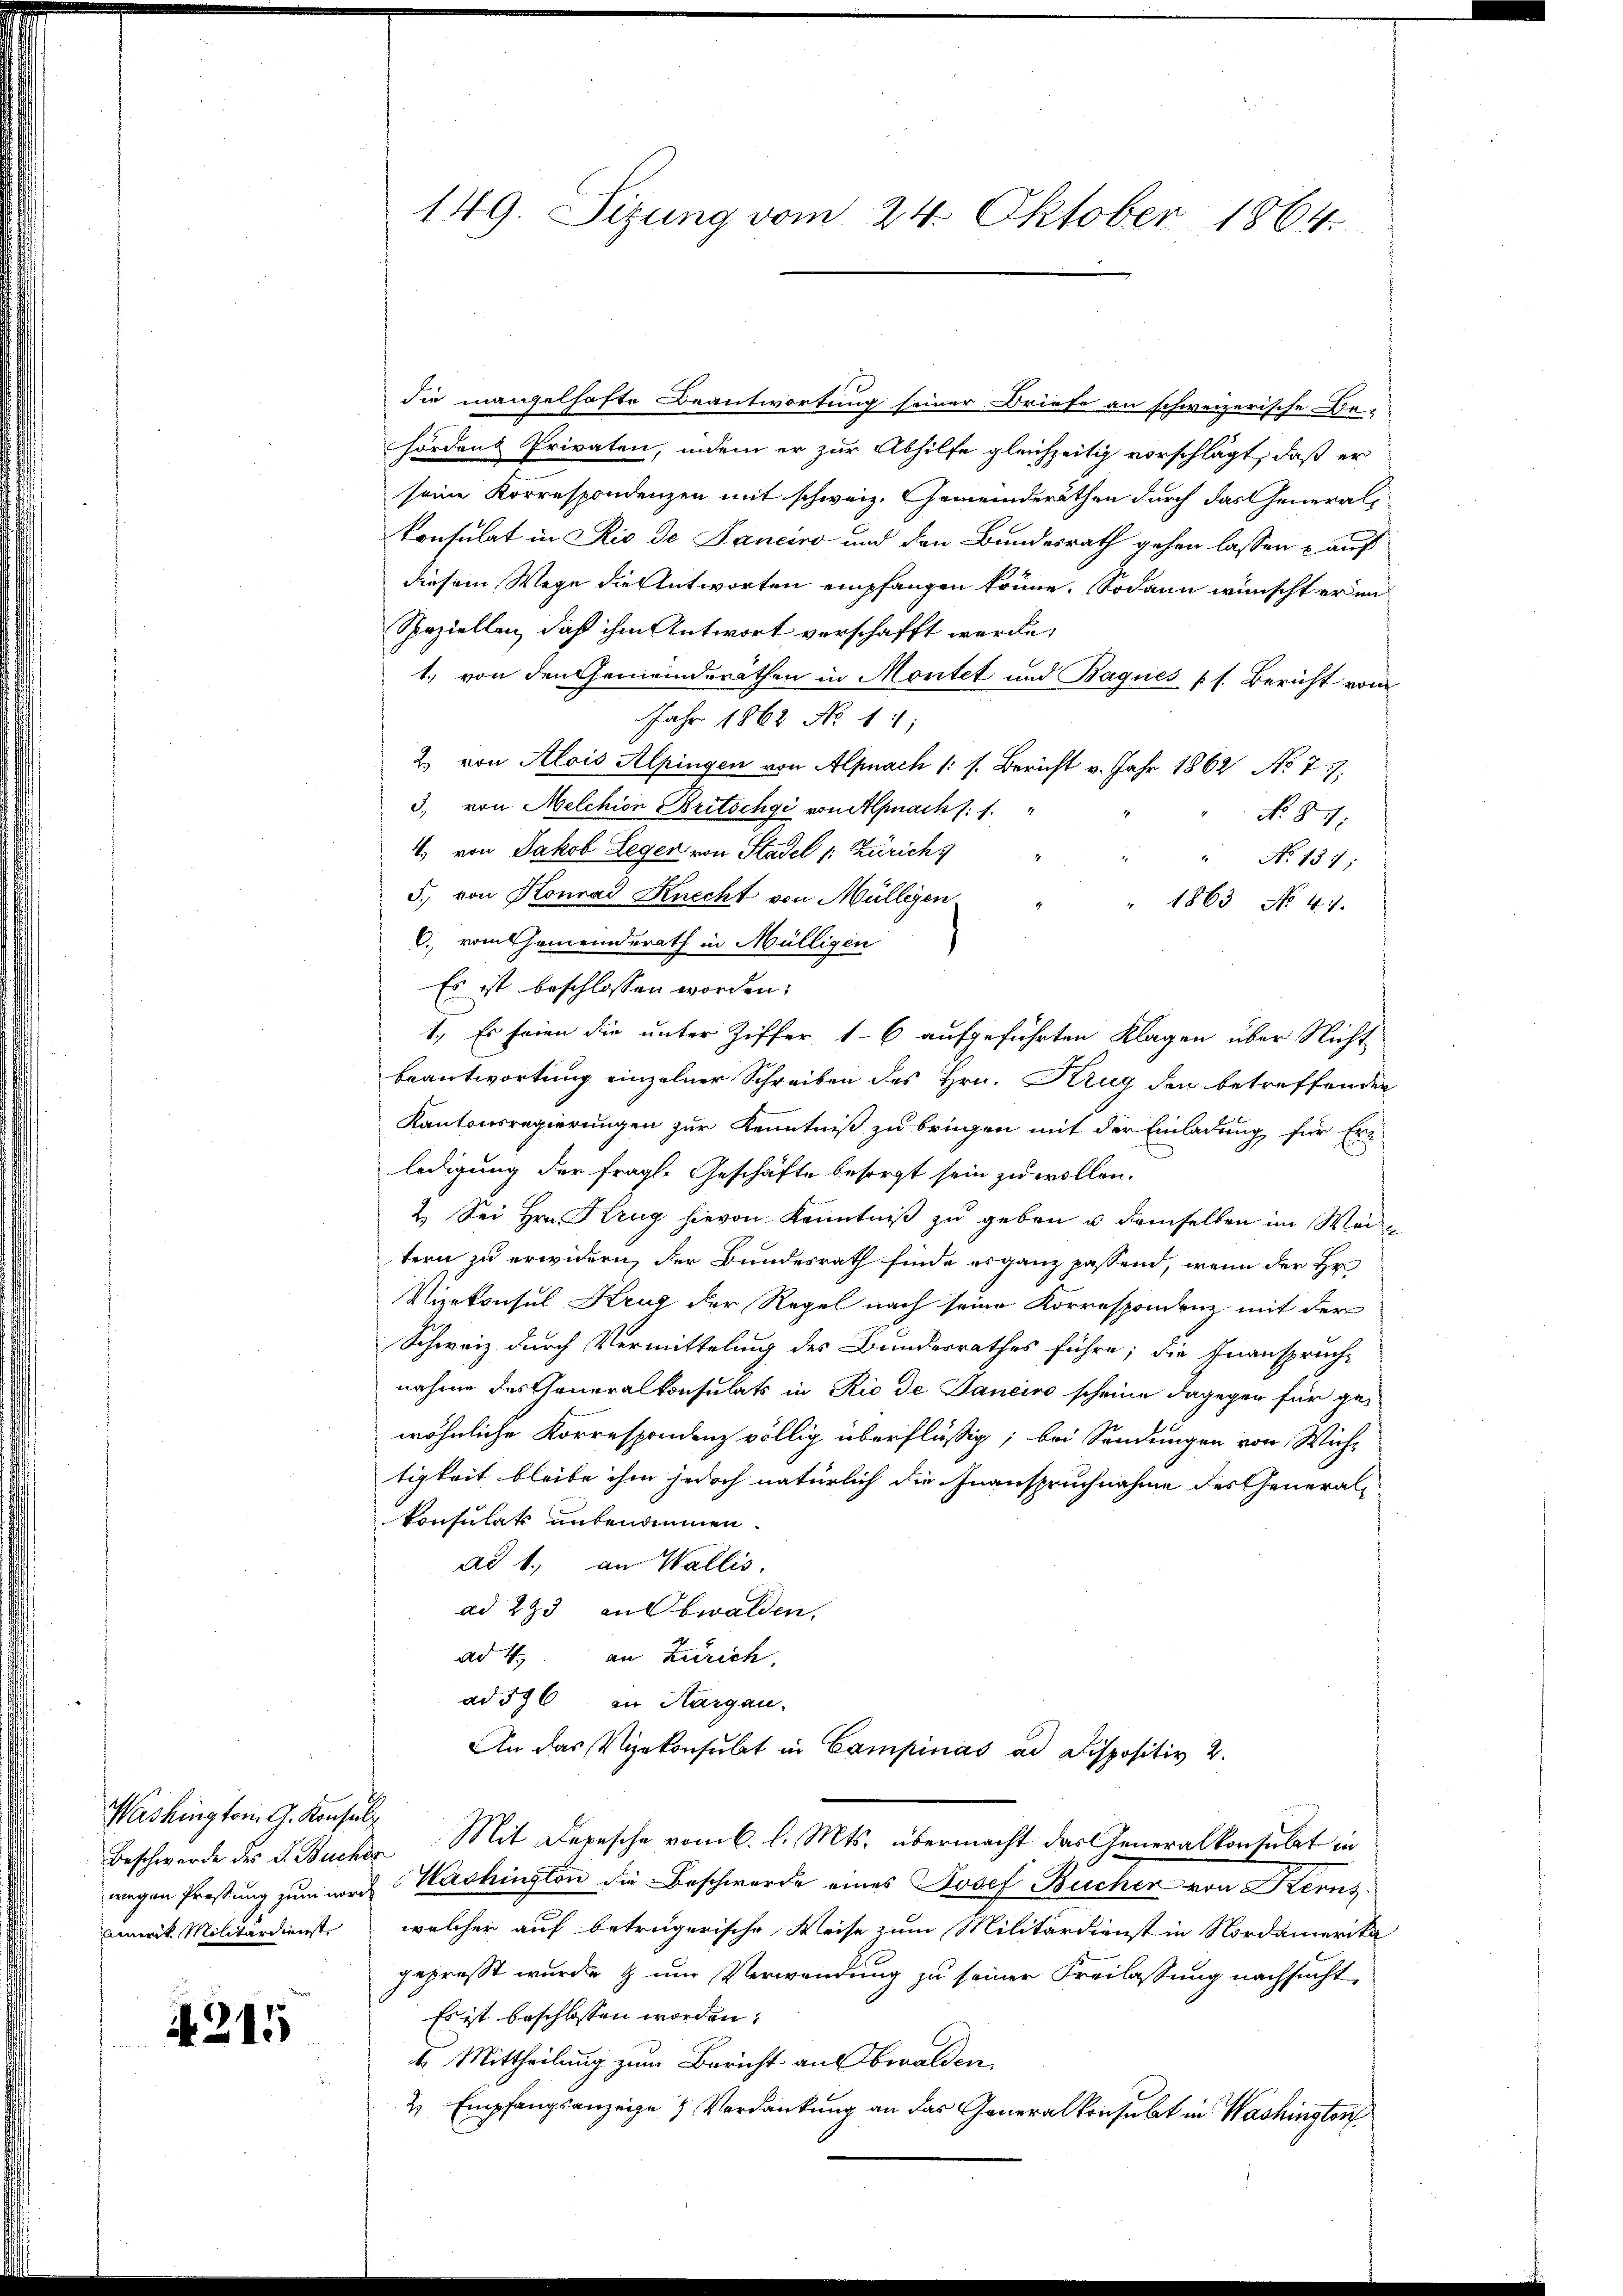
Washington G. Konsul
amerik. Militärdienst

A 211

149. Sizung vom 24. Oktober 1864

die mangelhafte Beantwortung seiner Briefe an schweizerische Be-
hörden Privaten, indem er zur Abhilfe gleichzeitig vorschlägt, daß er
seine Korrespondenzen mit schweiz. Gemeinderäthen durch das Generalkonsulat in Rio de Janeiro und den Bundesrath gehen lassen u auf
diesem Wege die Antworten empfangen könne. Sodann wünscht erin¬
Speziellen, daß ihm Antwort verschafft werde;
1., von den Gemeinderäthen in Montet und Baques (s. Bericht vom
Jahr 1862 No 11,
2 von Alois Alpingen von Alpnach /: s. Bericht v. Jahr 1862 No 77,
3. von Melchion Britschgi von Alpnachs: 1.
No. 87.
4. von Jakob Legen von Stadel /: Zürich
" No 131;
5.) von Konrad Knecht von Müllegen
" 1863 No 47.
C. vom Gemeinderath in Mülligen
Es ist beschlossen worden:
1., Es seien die unter Ziffer 16 aufgeführten Klagen über Nicht
beantwortung einzelner Schreiben des Hrn. Krug den betreffenden
Kantonsregierungen zur Kenntniß zu bringen mit der Einladung für Er-
ledigung der fragl. Geschäfte besorgt sein zu wollen.
2. Sei hrn. Krug hievon Kenntniβ zŭ geben u demselben im Weise
tern zu erwidern, der Bundesrath finde es ganz passend, wenn der Hr.
Vizekonsul Krug der Regel nach seine Korrespondenz mit der
Schweiz durch Vermittelung des Bundesrathes führe; die Inanspruch-
nahme des Generalkonsulats in Rio de Janeiro scheine dagegen für gewöhnliche Korrespondenz völlig überflüßig; bei Sendungen von Wich-
tigkeit bleibe ihm jedoch natürlich die Inanspruchnahme des Generalkonsulats untendinnen.
ad 1., an Wallis.
ad 283 an Obwalden,
ad 4., an Zürich,
ad 576 in Aargau.
An das Vizekonsulat in Campinas ad Dispositiv 2.
Beschwerde des L. Bucher Mit Depesche vom 6. l. Mts. übermacht das Generalkonsulat in
wegen Prosung zum norch Washington die Beschwerde eines Josef Bücher von Kernz
welcher auf betrügerische Weise zum Militärdienst in Nordamerika
gepreßt wurde & um Verwendung zu seiner Freilassung nachsucht,
Es ist beschlossen worden,
II. Mittheilung zum Bericht an bwalden
2 Empfangsanzeige & Verdankung an das Generalkonsubt in Washingter